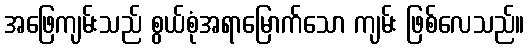
အဖြေကျမ်းသည် စွယ်စုံအရာမြောက်သော ကျမ်း ဖြစ်လေသည်။